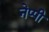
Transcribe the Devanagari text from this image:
नेप्पी